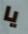
يا